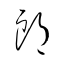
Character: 郎